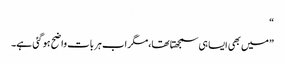
“
”میں بھی ایسا ہی سمجھتا تھا،مگر اب ہر بات واضح ہو گئی ہے۔